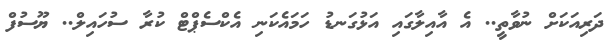
ދަރިއަކަށް ނުވާތީ.. އެ އާއިލާގައި އަޅުގަނޑު ހަމައެކަނި އެކްސެޕްޓް ކުރާ ސުހައިލް.. ޔޫސުފް